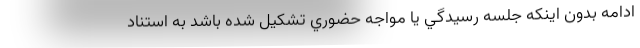
ادامه بدون اينكه جلسه رسيدگي يا مواجه حضوري تشكيل شده باشد به استناد